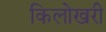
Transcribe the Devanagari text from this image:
किलोखरी